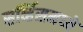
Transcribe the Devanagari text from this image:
सर्व्हिसमध्ये